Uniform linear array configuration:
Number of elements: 32
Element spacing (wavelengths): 0.25
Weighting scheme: cosine
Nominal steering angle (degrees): -30
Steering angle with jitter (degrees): -30.775
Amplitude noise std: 0.05
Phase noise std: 0.05

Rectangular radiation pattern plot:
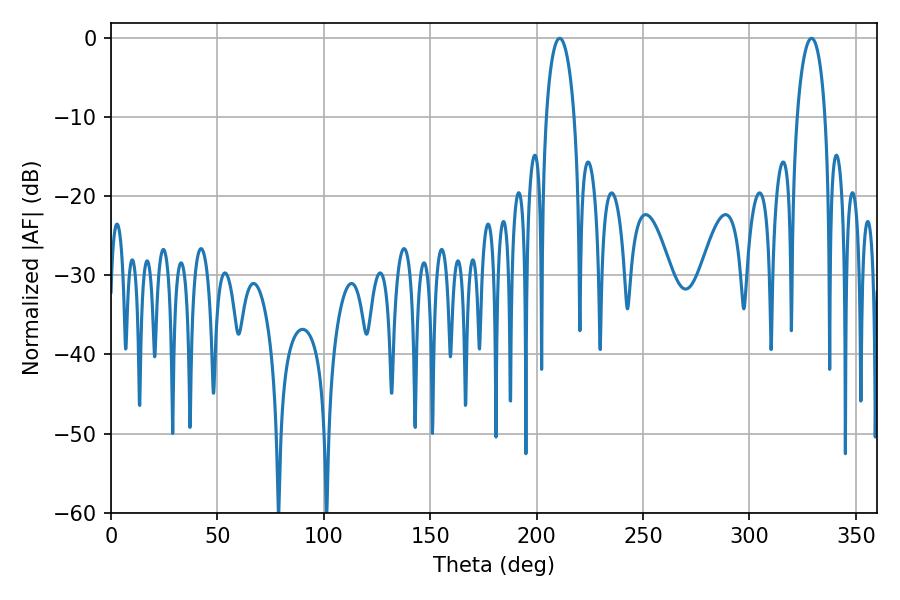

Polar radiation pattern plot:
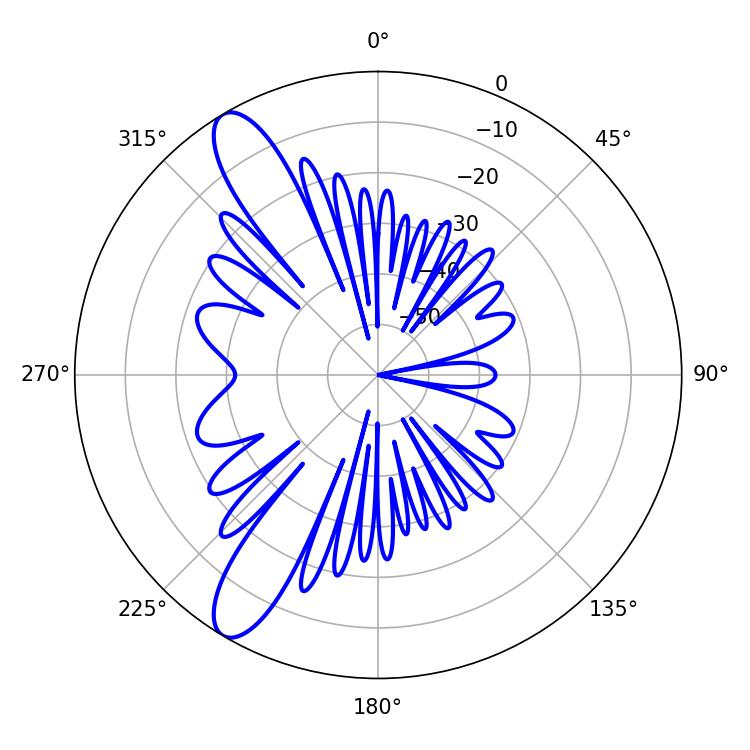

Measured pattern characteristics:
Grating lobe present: FALSE
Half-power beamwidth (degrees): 7.56
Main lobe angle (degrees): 210.78